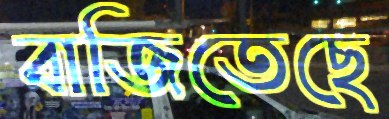
বাজিতেছে